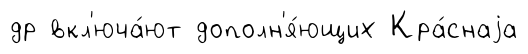
др вкл'юча́ют дополн'я́ющих Кра́снаjа